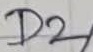
Text: D2